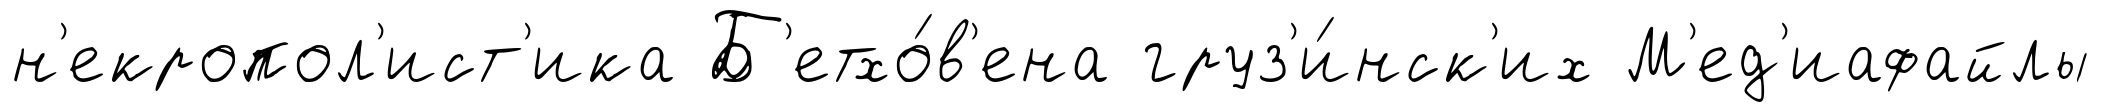
н'екропол'ист'ика Б'етхо́в'ена груз'и́нск'их М'ед'иафайлы